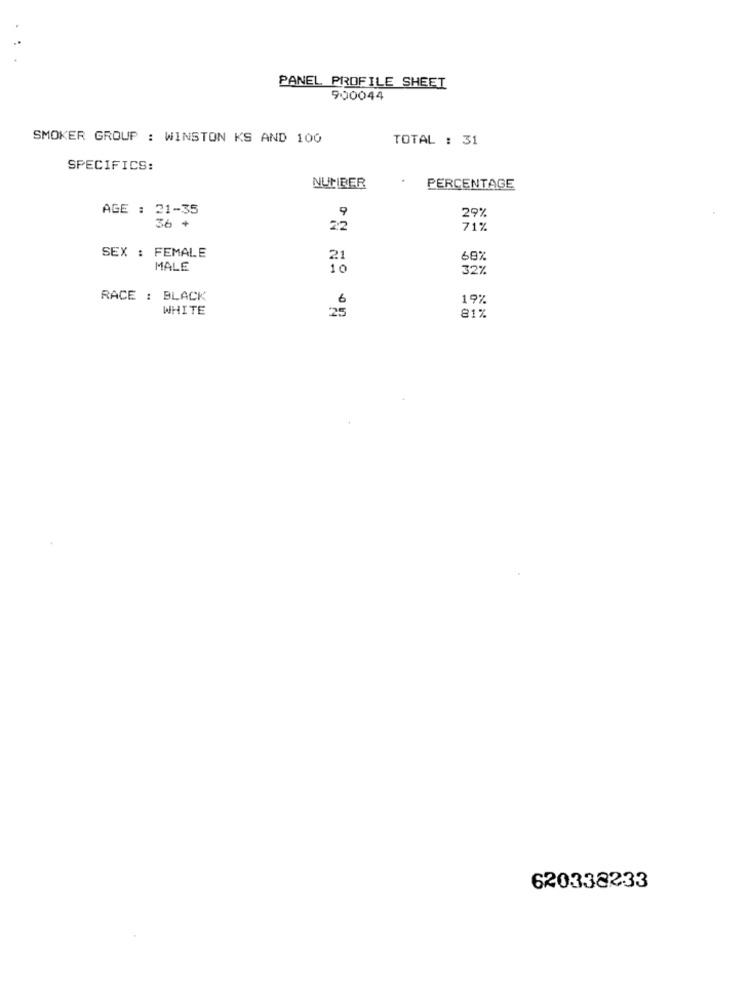
PANEL PROFILE SHEET
900044
SMOKER GROUP : WINSTON KS AND 100
TOTAL : 31
SPECIFICS:
NUTIBER
PERCENTAGE
AGE : 21-35
29%
9
36 +
22
71%
SEX : FEMALE
%B9
21
MALE
32%
RACE : BLACK
6
19%
WHITE
25
81%
620338233